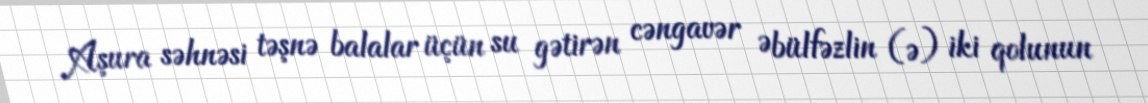
Aşura səhnəsi təşnə balalar üçün su gətirən cəngavər Əbülfəzlin (ə) iki qolunun